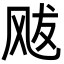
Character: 𩙥